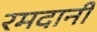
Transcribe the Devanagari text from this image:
रमदानी